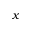
x